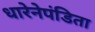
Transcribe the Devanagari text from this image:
धारेनेपंडिता